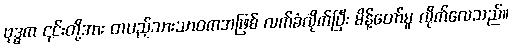
ဗုဒ္ဓက ၎င်းတို့အား တပည့်သားသာဝကအဖြစ် လက်ခံလိုက်ပြီး မိန့်တော်မူ လိုက်လေသည်။